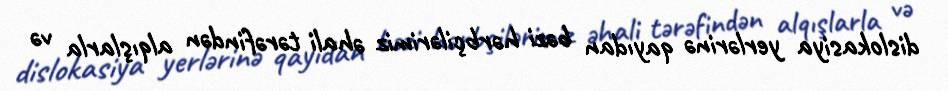
dislokasiya yerlərinə qayıdan bəzi hərbçilərimiz əhali tərəfindən alqışlarla və